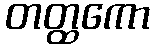
တတ္ထကော